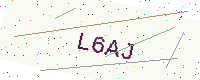
Text: L6AJ